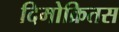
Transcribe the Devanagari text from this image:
दिमोक्रितस